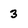
Character: 3